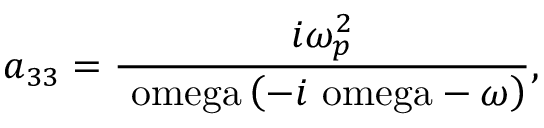
a _ { 3 3 } = \frac { i \omega _ { p } ^ { 2 } } { \mathrm { \ o m e g a } \left( - i \mathrm { \ o m e g a } - \mathrm { } \omega \right) } ,